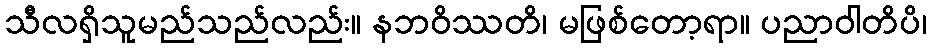
သီလရှိသူမည်သည်လည်း။ နဘဝိဿတိ၊ မဖြစ်တော့ရာ။ ပညာဝါတိပိ၊